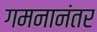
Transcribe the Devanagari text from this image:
गमनानंतर